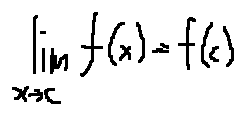
\lim \limits _ { x \rightarrow c } f ( x ) = f ( c )